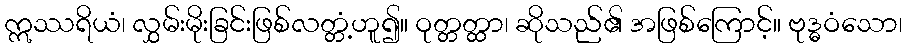
ဣဿရိယံ၊ လွှမ်းမိုးခြင်းဖြစ်လတ္တံ့ဟူ၍။ ဝုတ္တတ္ထာ၊ ဆိုသည်၏ အဖြစ်ကြောင့်။ ဗုဒ္ဓဝံသော၊